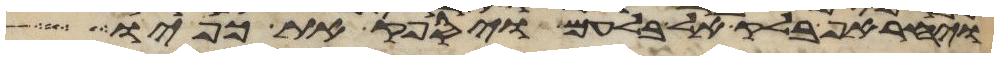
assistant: ויחר אף בלק אל בלעם ויספק את כפיו